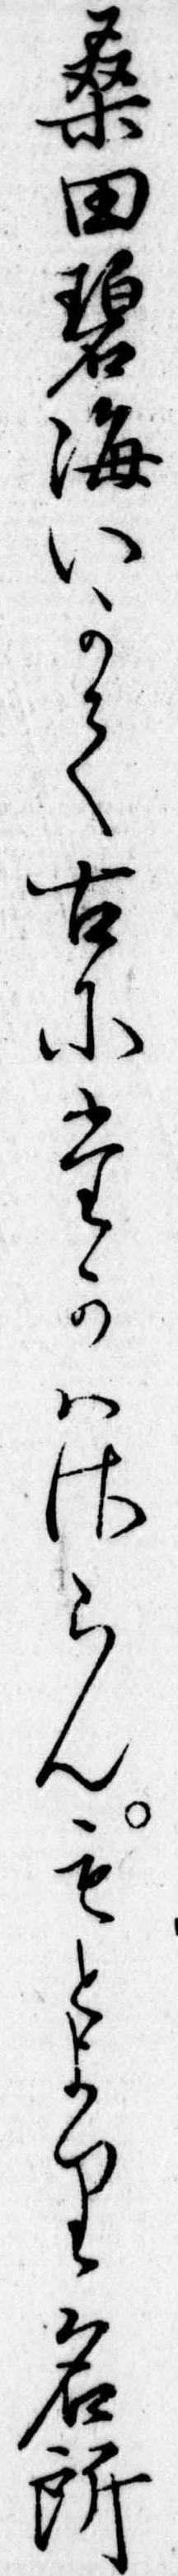
桑田碧海いかて古にたかはさらんもとより名所